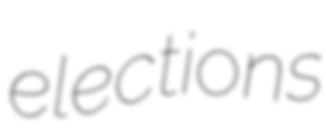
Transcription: elections